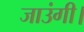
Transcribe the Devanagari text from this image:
जाउंगी।